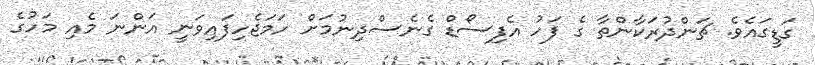
ގަޑީގައެވެ. ޗަންދުރަކާންތާ ގެ ފަހު އެފިސޯޑް ގެނެސްދިނުމަށް ހަމަޖެހިފައިވަނީ އަންނަ މެއި މަހުގެ